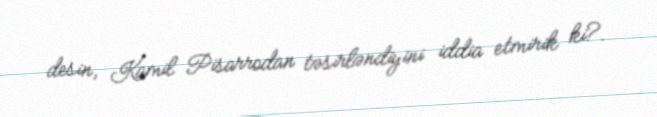
desin, Kamil Pisarrodan təsirləndiyini iddia etmirik ki?.